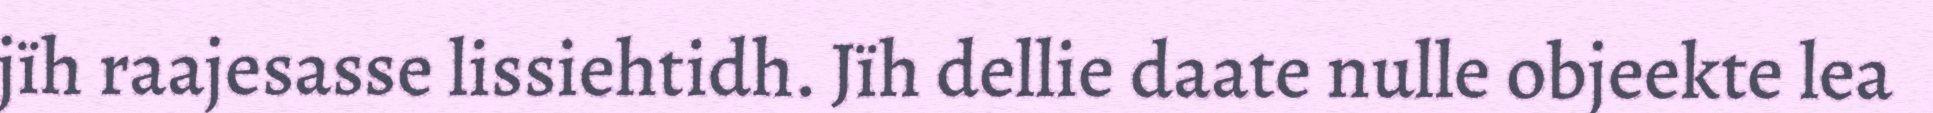
jïh raajesasse lissiehtidh. Jïh dellie daate nulle objeekte lea